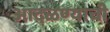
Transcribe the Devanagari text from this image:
आदळण्याची